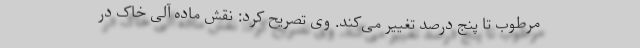
مرطوب تا پنج درصد تغییر می‌کند. وی تصریح کرد: نقش ماده آلی خاک در